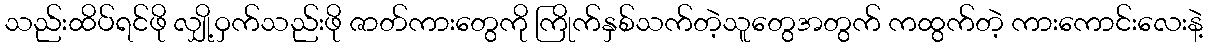
သည်းထိပ်ရင်ဖို လျှို့ဝှက်သည်းဖို ဇာတ်ကားတွေကို ကြိုက်နှစ်သက်တဲ့သူတွေအတွက် ကထွက်တဲ့ ကားကောင်းလေးနဲ့